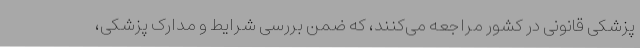
پزشکی قانونی در کشور مراجعه می‌کنند، که ضمن بررسی شرایط و مدارک پزشکی،